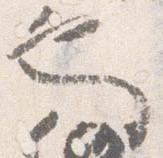
也